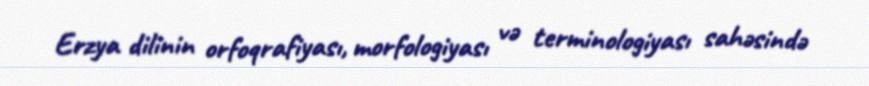
Erzya dilinin orfoqrafiyası, morfologiyası və terminologiyası sahəsində